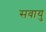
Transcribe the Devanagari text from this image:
सवायु